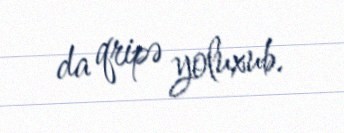
da qripə yoluxub.